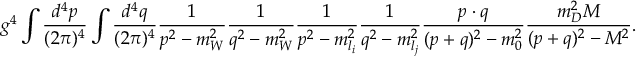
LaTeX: g ^ { 4 } \int { \frac { d ^ { 4 } p } { ( 2 \pi ) ^ { 4 } } } \int { \frac { d ^ { 4 } q } { ( 2 \pi ) ^ { 4 } } } { \frac { 1 } { p ^ { 2 } - m _ { W } ^ { 2 } } } { \frac { 1 } { q ^ { 2 } - m _ { W } ^ { 2 } } } { \frac { 1 } { p ^ { 2 } - m _ { l _ { i } } ^ { 2 } } } { \frac { 1 } { q ^ { 2 } - m _ { l _ { j } } ^ { 2 } } } { \frac { p \cdot q } { ( p + q ) ^ { 2 } - m _ { 0 } ^ { 2 } } } { \frac { m _ { D } ^ { 2 } M } { ( p + q ) ^ { 2 } - M ^ { 2 } } } .